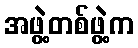
အဖွဲ့တစ်ဖွဲ့က